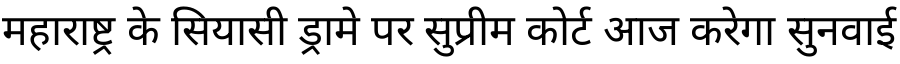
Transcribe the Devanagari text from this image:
महाराष्ट्र के सियासी ड्रामे पर सुप्रीम कोर्ट आज करेगा सुनवाई